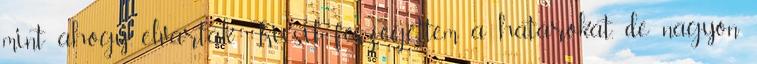
mint ahogy elvárták. Kicsit feszegettem a határokat, de nagyon